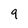
Character: 9